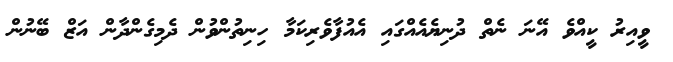
ވީއިރު ކީއްވެ އޭނަ ނެތް ދުނިޔެއެއްގައި އެއުފާވެރިކަމާ ހިނިތުންވުން ދެމިގެންދާން އަޒް ބޭނުން